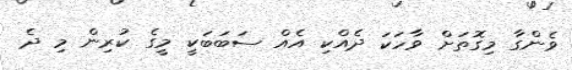
ވެންގާ މިގޮތަށް ވާހަކަ ދެއްކި އެއް ސަބަބަކީ މީގެ ކުރިން މި ދެ